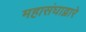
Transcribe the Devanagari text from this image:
महासंघाद्वारे